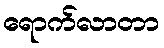
ရောက်လာတာ